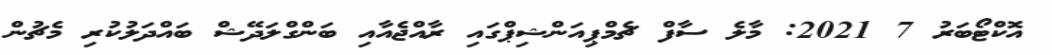
އޮކްޓޯބަރު 7 2021: މާލެ ސާފް ޗެމްޕިއަންޝިޕްގައި ރާއްޖެއާއި ބަންގްލަދޭޝް ބައްދަލުކުރި މެޗުން